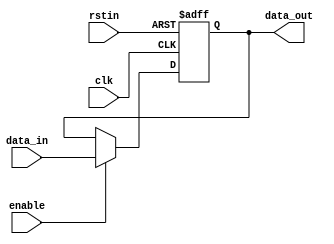
module latch (
    input wire clk,
    input wire rstin,
    input wire enable,
    input wire data_in,
    output reg data_out
);

always @(posedge clk or negedge rstin) begin
    if (rstin == 0) begin
        data_out <= 1'b0;
    end else if (enable) begin
        data_out <= data_in;
    end
end

endmodule